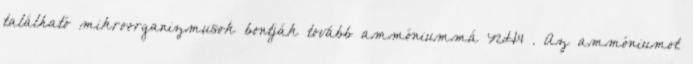
található mikroorganizmusok bontják tovább ammóniummá NH4 . Az ammóniumot